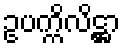
ဥပက္ကိလိဋ္ဌာ